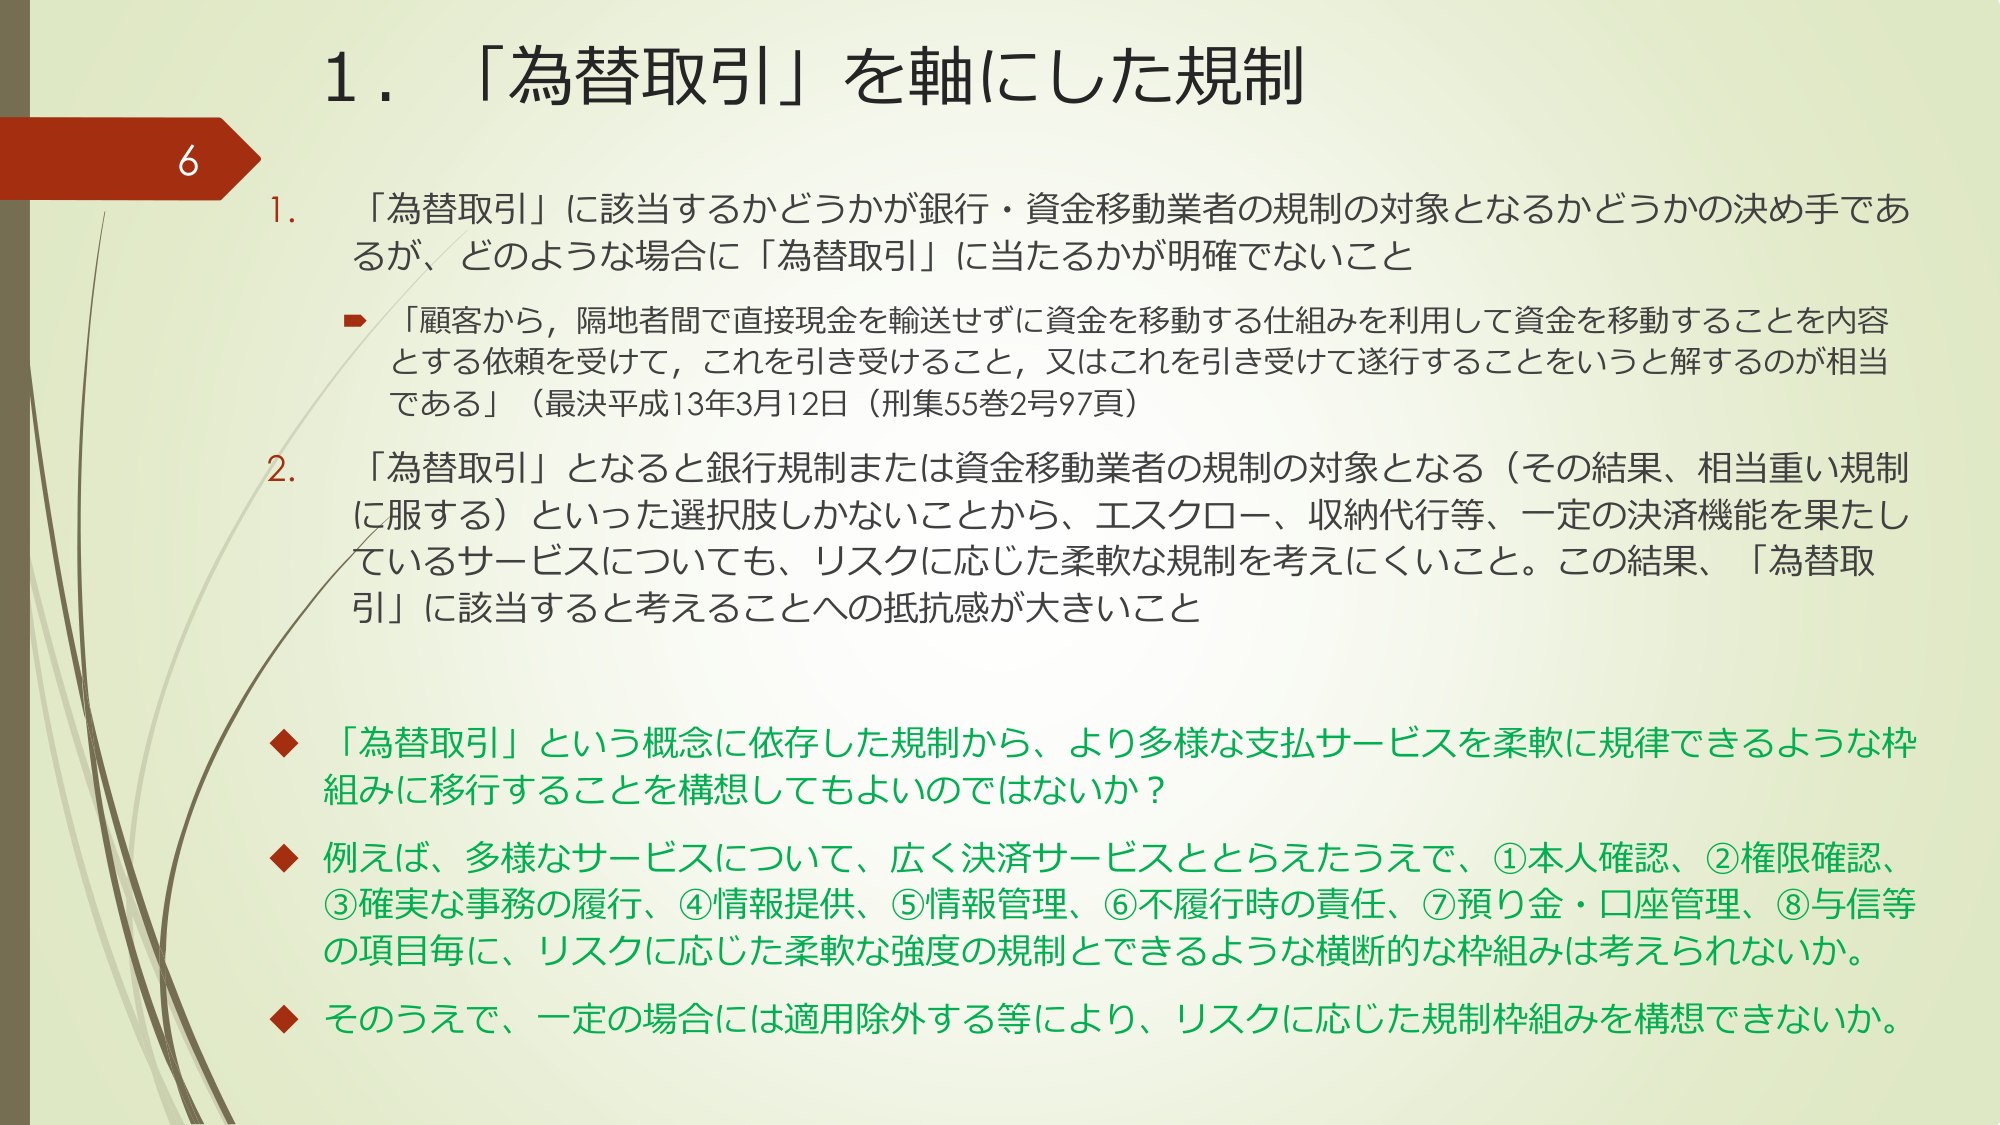
6
1. 「為替取引」を軸にした規制

1. 「為替取引」に該当するかどうかが銀行・資金移動業者の規制の対象となるかどうかの決め手であるが、どのような場合に「為替取引」に当たるかが明確でないこと
→ 「顧客から，隔地者間で直接現金を輸送せずに資金を移動する仕組みを利用して資金を移動することを内容とする依頼を受けて，これを引き受けること，又はこれを引き受けて遂行することをいうと解するのが相当である」（最決平成13年3月12日（刑集55巻2号97頁））

2. 「為替取引」となると銀行規制または資金移動業者の規制の対象となる（その結果、相当重い規制に服する）といった選択肢しかないことから、エスクロー、収納代行等、一定の決済機能を果たしているサービスについても、リスクに応じた柔軟な規制を考えにくいこと。この結果、「為替取引」に該当すると考えることへの抵抗感が大きいこと

◆ 「為替取引」という概念に依存した規制から、より多様な支払サービスを柔軟に規律できるような枠組みに移行することを構想してもよいのではないか？

◆ 例えば、多様なサービスについて、広く決済サービスととらえたうえで、①本人確認、②権限確認、③確実な事務の履行、④情報提供、⑤情報管理、⑥不履行時の責任、⑦預り金・口座管理、⑧与信等の項目毎に、リスクに応じた柔軟な強度の規制とできるような横断的な枠組みは考えられないか。

◆ そのうえで、一定の場合には適用除外する等により、リスクに応じた規制枠組みを構想できないか。